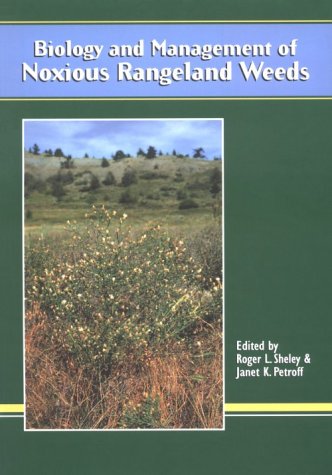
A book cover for Biology and Management of Noxious Rangeland Weeds; Roger L. Sheley; Crafts, Hobbies & Home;